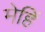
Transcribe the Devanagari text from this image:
मेहिं